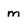
Character: m